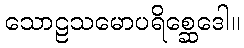
သောဠသမောပရိစ္ဆေဒေါ။